Lunatic asylums in Bengal annual reports 1888-1898 - 1888-1898
Year: 1888
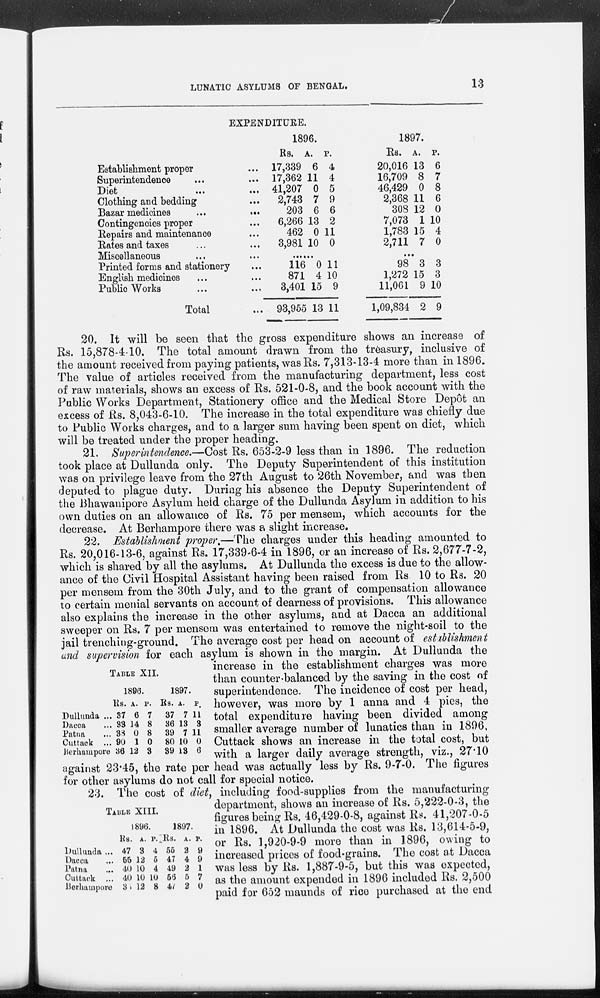
LUNATIC ASYLUMS OF BENGAL.
13
EXPENDITURE
Establishment proper ...
Superintendence ...
Diet
...
...
Clothing and bedding ...
Bazar medicines
...
...
Contingencies proper ...
Repairs and maintenance ...
Rates and taxes ...
Miscellaneous ...
Printed forms and stationery ...
English medicines ...
Public Works ... ...
Total ...
1896.
Rs.
17,339
17,362
41,207
2,743
203
6,266
462
3,981
A.
6
11
0
7
6
13
0
10
P
4
4
5
9
6
2
11
0
...
116
871
3,401
93,955
0
4
15
13
11
10
9
11
1897.
Rs.
20,016
16,709
46,429
2,368
308
7,073
1,783
2,711
A.
13
8
0
11
12
1
15
7
P.
6
7
8
6
0
10
4
0
...
98
1,272
11,061
1,09,834
3
15
9
2
3
3
10
9
20. It will be seen that the gross expenditure shows an increase of
Rs. 15,878-4-10. The total amount drawn from the treasury, inclusive of
the amount received from paying patients, was Rs. 7,313-13-4 more than in 1896.
The value of articles received from the manufacturing department, less cost
of raw materials, shows an excess of Rs. 521-0-8, and the book account with the
Public Works Department, Stationery office and the Medical Store Depôt an
excess of Rs. 8,043-6-10. The increase in the total expenditure was chiefly due
to Public Works charges, and to a larger sum having been spent on diet, which
will be treated under the proper heading.
21. Superintendence.—Cost Rs. 653-2-9 less than in 1896. The reduction
took place at Dullunda only. The Deputy Superintendent of this institution
was on privilege leave from the 27th August to 26th November, and was then
deputed to plague duty. During his absence the Deputy Superintendent of
the Bhawanipore Asylum held charge of the Dullunda Asylum in addition to his
own duties on an allowance of Rs. 75 per mensem, which accounts for the
decrease. At Berhampore there was a slight increase.
TABLE XII.
Dullunda ...
Dacca ...
Patna ...
Cuttack ...
Berhampore
1896.
Rs.
37
33
38
90
36
A.
6
14
0
1
12
P.
7
8
8
0
3
1897.
Rs.
37
36
39
80
39
A.
7
13
7
10
13
P.
11
3
11
0
6
22. Establishment proper.—The charges under this heading amounted to
Rs. 20,016-13-6, against Rs. 17,339-6-4 in 1896, or an increase of Rs. 2,677-7-2,
which is shared by all the asylums. At Dullunda the excess is due to the allow-
ance of the Civil Hospital Assistant having been raised from Rs 10 to Rs. 20
per mensem from the 30th July, and to the grant of compensation allowance
to certain menial servants on account of dearness of provisions. This allowance
also explains the increase in the other asylums, and at Dacca an additional
sweeper on Rs. 7 per mensem was entertained to remove the night-soil to the
jail trenching-ground. The average cost per head on account of establishment
and supervision for each asylum is shown in the margin. At Dullunda the
increase in the establishment charges was more
than counter-balanced by the saving in the cost of
superintendence. The incidence of cost per head,
however, was more by 1 anna and 4 pies, the
total expenditure having been divided among
smaller average number of lunatics than in 1896.
Cuttack shows an increase in the total cost, but
with a larger daily average strength, viz., 27.10
against 23.45, the rate per head was actually less by Rs. 9-7-0. The figures
for other asylums do not call for special notice.
TABLE XIII.
Dullunda
...
Dacca ...
Patna ...
Cuttack ...
Berhampore
1896.
Rs.
47
55
40
40
36
A.
3
12
10
10
12
P.
4
5
4
10
8
1897.
Rs.
55
47
49
56
47
A.
2
4
2
5
2
P.
9
9
1
7
0
23. The cost of diet, including food-supplies from the manufacturing
department, shows an increase of Rs. 5,222-0-3, the
figures being Rs. 46,429-0-8, against Rs. 41,207-0-5
in 1896. At Dullunda the cost was Rs. 13,614-5-9,
or Rs. 1,920-9-9 more than in 1896, owing to
increased prices of food-grains. The cost at Dacca
was less by Rs. 1,887-9-5, but this was expected,
as the amount expended in 1896 included Rs. 2,500
paid for 652 maunds of rice purchased at the end